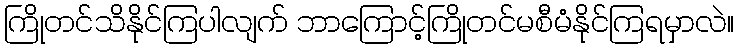
ကြိုတင်သိနိုင်ကြပါလျက် ဘာကြောင့်ကြိုတင်မစီမံနိုင်ကြရမှာလဲ။